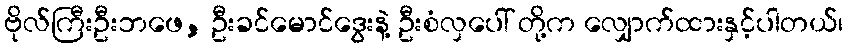
ဗိုလ်ကြီးဦးဘဖေ, ဦးခင်မောင်ဒွေးနဲ့ ဦးစံလှပေါ် တို့က လျှောက်ထားနှင့်ပါတယ်၊